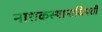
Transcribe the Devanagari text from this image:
नाशकस्थानाधिपती